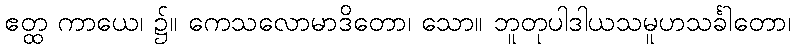
ဧတ္ထ ကာယေ၊ ၌။ ကေသလောမာဒိတော၊ သော။ ဘူတုပါဒါယသမူဟသင်္ခါတော၊